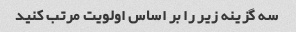
سه گزینه زیر را بر اساس اولویت مرتب کنید